Annual vaccination report of Bihar and Orissa - 1911-1928
Year: 1911
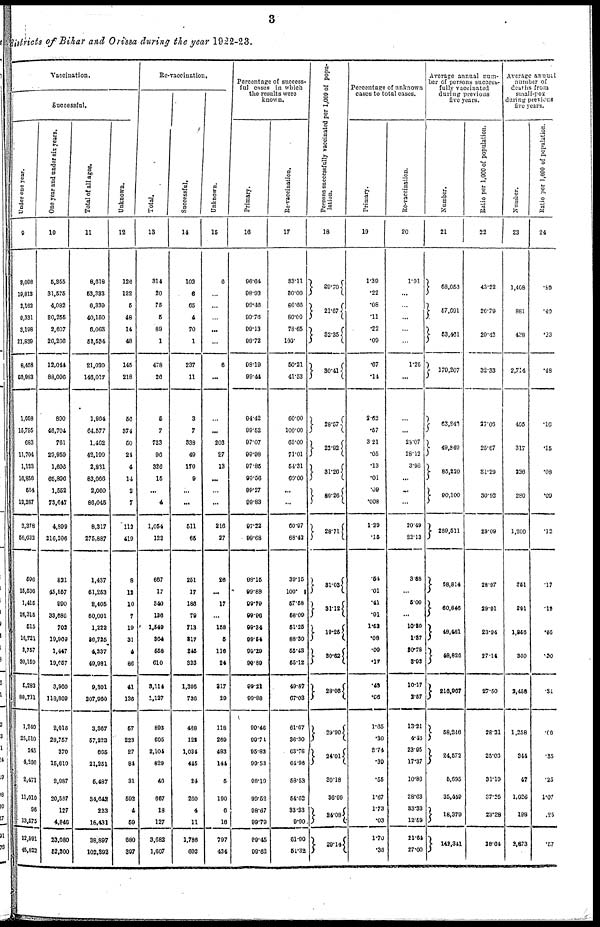
3
districts of Bihar and Orissa during the year 1922-23.
Vaccination.
Successful.
Under one year.
9
3,098
19,813
2,162
9,331
3,198
21,830
8,458
50,983
1,058
15,795
683
11,704
1,133
16,856
504
12,267
3,378
56,622
596
15,536
1,415
26,315
515
16,721
2,757
30,159
5,283
88,781
1,240
25,510
245
4,206
2,471
11,010
96
13,575
12,591
45,822
One year and under six years.
10
5,955
31,575
4,082
30,255
2,607
20,200
12,044
88,096
890
46,704
761
29,959
1,696
65,896
1,552
73,647
4,899
216,206
821
45,557
990
33,686
702
19,969
1,447
19,657
2,960
118,869
2,010
28,757
370
15,610
2,987
20,567
127
4,846
23,080
52,200
Total of all ages.
11
8,618
53,333
6,339
40,150
6,063
52,534
21,020
146,017
1,964
64,577
1,462
42,199
2,861
83,066
2,060
86,045
8,317
275,887
1,437
61,253
2,405
60,001
1,222
86,725
4,237
49,981
9,301
207,960
3,367
57,223
665
21,251
5,487
34,642
223
18,431
38,897
102,392
Unknown.
12
126
122
5
48
14
48
145
218
56
374
50
24
4
14
2
7
112
419
8
12
10
7
19
31
4
86
41
136
57
223
27
84
31
592
4
59
680
397
Re-vaccination.
Total.
13
314
20
75
5
89
1
478
26
5
7
723
96
326
15
...
4
1,054
122
667
17
840
126
1,540
364
558
610
3,114
1,127
893
605
2,104
829
46
667
18
127
3,682
1,607
Successful.
14
102
6
65
4
70
1
237
11
3
7
338
49
170
9
...
...
511
65
251
17
186
79
713
217
245
323
1,395
736
488
122
1,034
445
24
260
4
11
1,786
602
Unknown.
15
6
...
...
...
...
...
6
...
...
...
203
27
13
...
...
...
216
27
26
...
17
...
158
5
116
24
317
29
118
269
483
144
5
190
6
16
797
434
Percentage of success-
ful cases in winch
the results were
known.
Primary.
16
96.64
98.92
99.46
99.76
99.13
0072
98.19
99.44
94.42
99.52
97.07
99.98
97.85
99.56
99.27
99.83
97.22
99.68
98.15
99.88
99.79
99.96
99.34
99.54
99.29
99.89
99.21
99.88
99.46
99.74
95.82
99.53
98.19
99.52
98.67
99.79
99.45
99.62
Re-vaccination.
17
33.11
80.00
86.66
80.00
78.65
100.
50.21
41.53
60.00
100.00
65.00
71.01
54.31
60.00
...
...
60.97
68.42
39.15
100.
57.58
58.09
51.25
88.30
55.43
55.12
49.87
67.08
61.67
36.30
63.78
64.96
58.53
54.62
33.83
9.90
61.90
51.32
Persons successfully vaccinated per 1,000 of popu-
lation.
18
39.70
21.67
32.35
30.41
28.57
22.92
31.26
80.26
28.71
31.03
31.12
19,25
30.62
28.06
29.90
24.01
30.18
36.99
24.08
29.14
Percentage of unknown
cases to total cases.
Primary.
19
1.39
.22
.08
.11
.22
.09
.67
.14
2.62
.57
3.21
.05
.13
.01
.09
.008
1.29
.15
.54
.01
.41
.01
1.52
.08
.09
.17
.43
.06
1.65
.30
8.74
.39
.55
1.67
1.73
.03
1.70
.38
Re-vaccination.
20
1.91
...
...
...
...
1.25
...
...
...
28.07
28.12
3.98
...
.
...
20.49
22.13
3.88
...
5.00
...
10.20
1.37
20.78
3.93
10.17
2.57
13.21
4.46
23.95
17.37
10.80
28.63
33.33
12.59
21.64
27.00
Average annual num-
ber of persons success¬
fully vaccinated
during previous
five years.
Number.
21
68,056
57,691
53,461
170,207
63,840
49,849
86,220
90,100
289,511
58,814
60,846
48,481
48,826
216,967
58,246
24,572
5,695
35,449
18,379
142,341
Ratio per 1,000 of population.
22
43.22
26.79
29.42
32.33
27.06
25.67
31.29
30.92
29.09
28.97
29.91
23.94
27.14
27.50
28.21
25.06
31.19
37.25
23.28
28.64
Average annual
number of
deaths from
small-pox
during previous
five years.
Number.
23
1,408
881
438
2,714
405
317
226
280
1,200
351
691
1,856
360
2,458
1,258
344
47
1,026
198
2,873
Ratio per 1,000 of population.
24
.89
.40
.23
.48
.16
.15
.08
.09
.12
.17
.10
.86
.20
.31
.60
.35
.25
1.07
.25
.57